Lunatic asylums Madras 1877-1891 - 1877-1891
Year: 1877
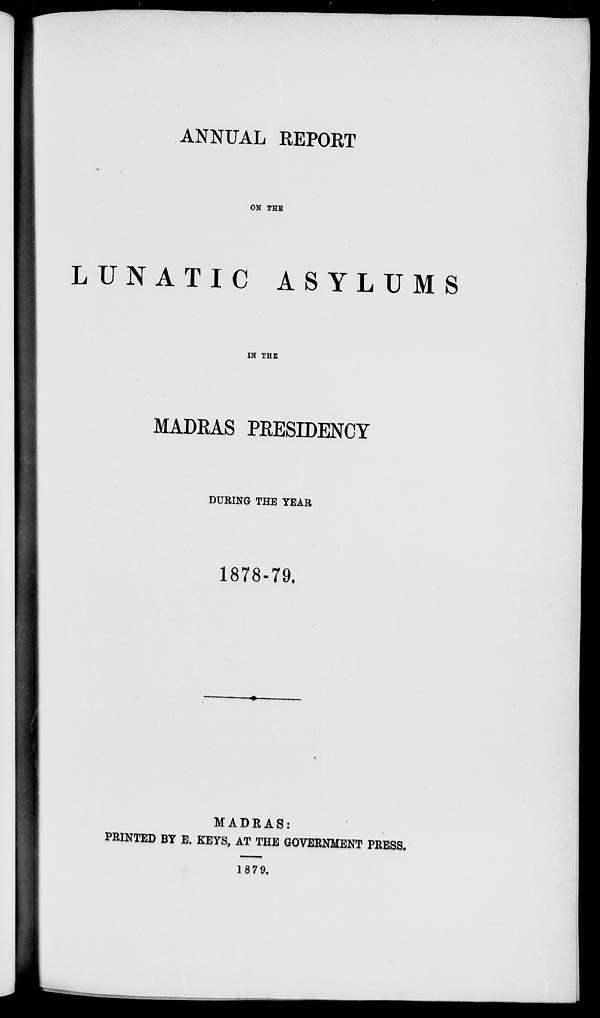
ANNUAL REPORT
ON THE
LUNATIC
ASYLUMS
IN THE
MADRAS PRESIDENCY
DURING THE YEAR
1878-79.
MADRAS:
PRINTED BY E. KEYS, AT THE GOVERNMENT PRESS.
1879.